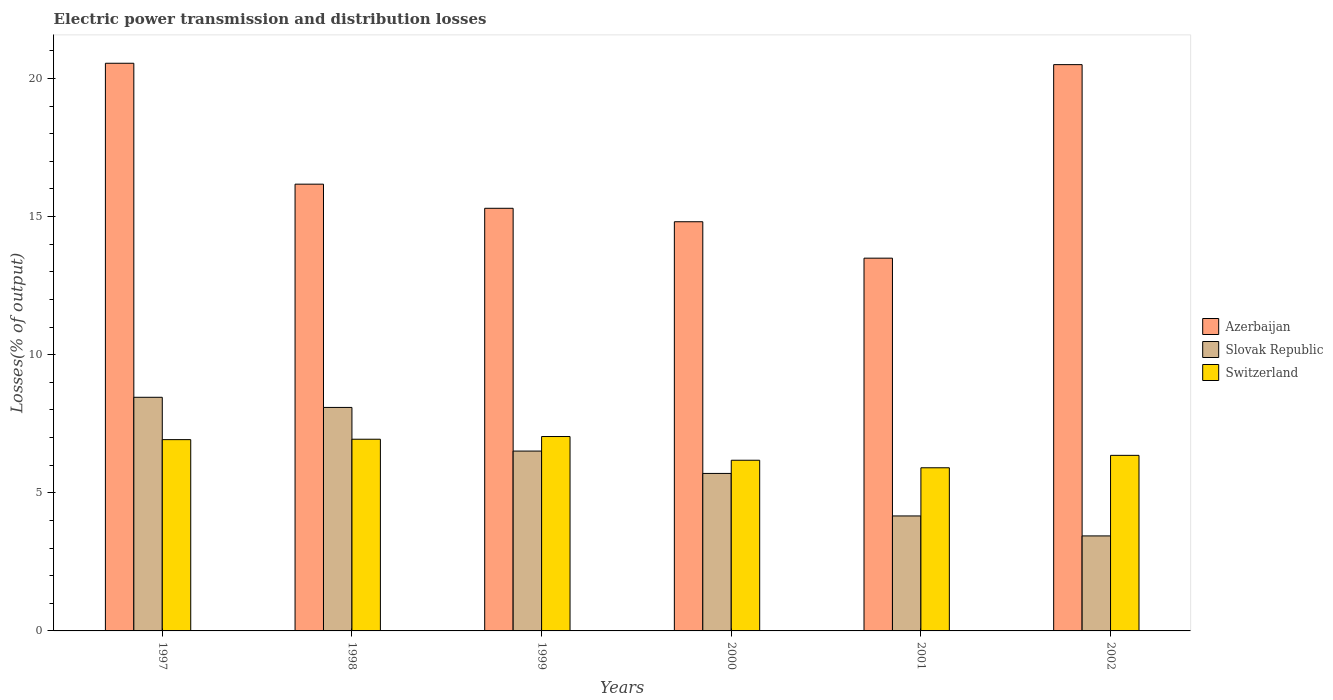
| Years | Azerbaijan | Slovak Republic | Switzerland |
 | --- | --- | --- | --- |
 | 1997 | 20.6 | 8.46 | 6.92 |
 | 1998 | 16.2 | 8.09 | 6.94 |
 | 1999 | 15.3 | 6.51 | 7.04 |
 | 2000 | 14.8 | 5.7 | 6.18 |
 | 2001 | 13.5 | 4.16 | 5.91 |
 | 2002 | 20.5 | 3.44 | 6.36 |